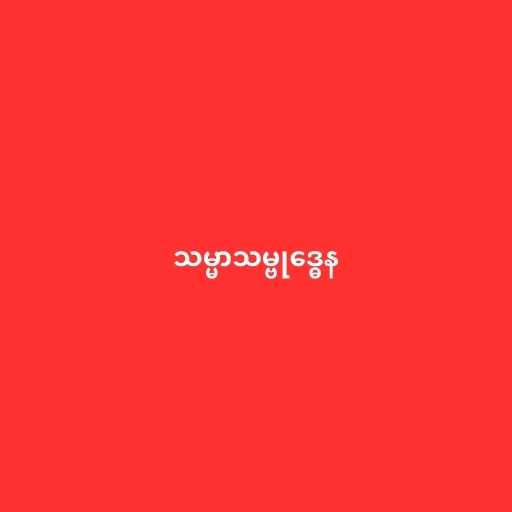
သမ္မာသမ္ဗုဒ္ဓေန